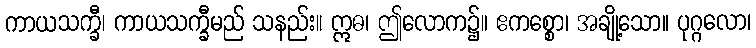
ကာယသက္ခီ၊ ကာယသက္ခီမည် သနည်း။ ဣဓ၊ ဤလောက၌။ ဧကစ္စော၊ အချို့သော။ ပုဂ္ဂလော၊